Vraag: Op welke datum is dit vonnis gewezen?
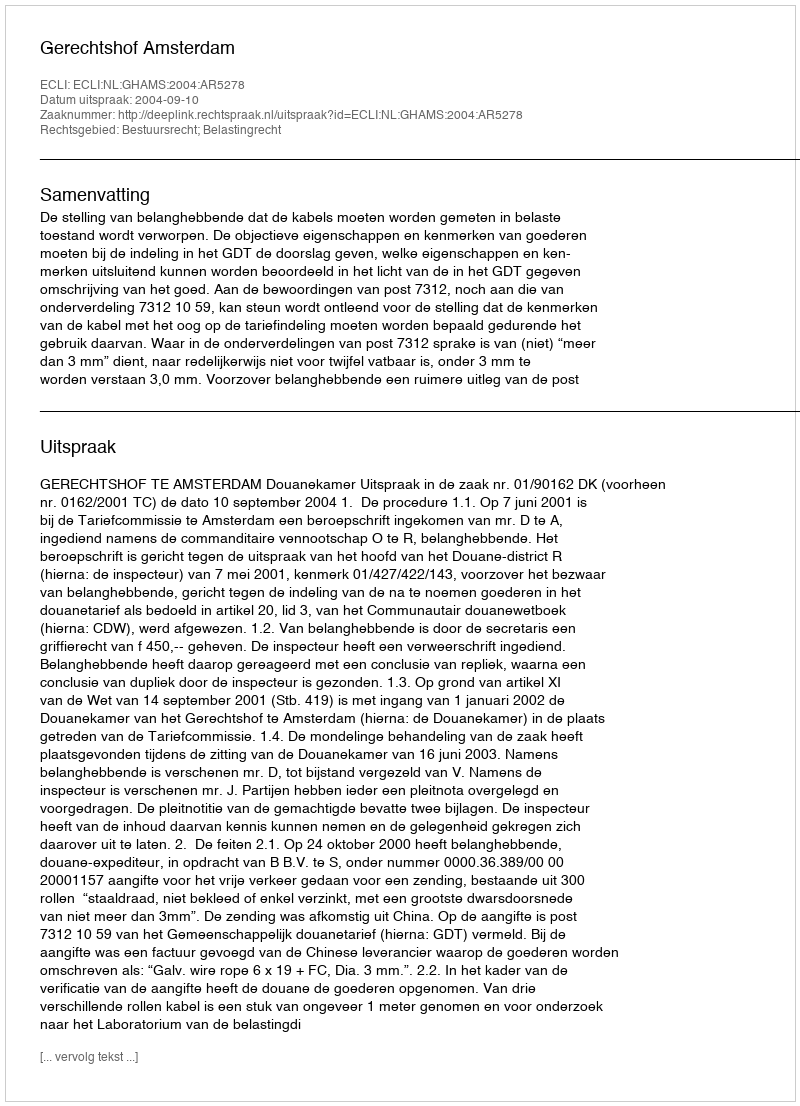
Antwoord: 2004-09-10